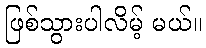
ဖြစ်သွားပါလိမ့် မယ်။